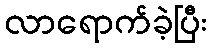
လာရောက်ခဲ့ပြီး